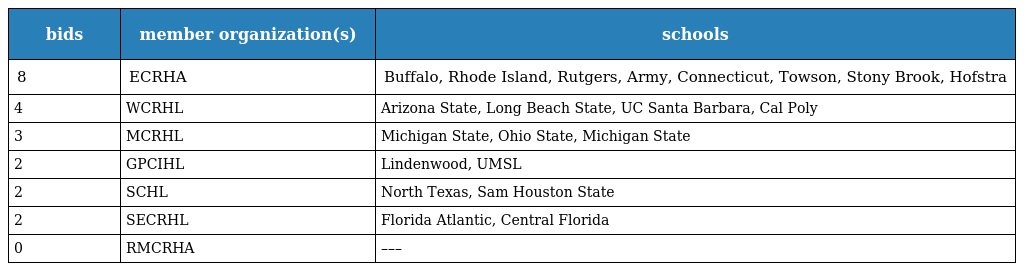
| bids | member organization(s) | schools |
 | --- | --- | --- |
 | 8 | ECRHA | Buffalo, Rhode Island, Rutgers, Army, Connecticut, Towson, Stony Brook, Hofstra |
 | 4 | WCRHL | Arizona State, Long Beach State, UC Santa Barbara, Cal Poly |
 | 3 | MCRHL | Michigan State, Ohio State, Michigan State |
 | 2 | GPCIHL | Lindenwood, UMSL |
 | 2 | SCHL | North Texas, Sam Houston State |
 | 2 | SECRHL | Florida Atlantic, Central Florida |
 | 0 | RMCRHA | ––– |